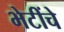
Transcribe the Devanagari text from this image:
भेटींचे